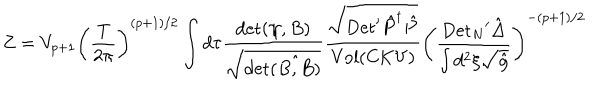
Z = { V _ { p + 1 } } { { \left( { \frac { \mathrm { T } } { 2 \pi } } \right) } ^ { ( p + 1 ) / 2 } } \int d \tau { \frac { \mathrm { d e t } ( \psi , B ) } { \sqrt { \mathrm { d e t } \hat { ( B , B ) } } } } { \frac { \sqrt { \mathrm { D e t } ^ { \prime } { \hat { P } ^ { \dagger } } \hat { P } } } { \mathrm { V o l } ( \mathrm { C K V } ) } } { { \left( { \frac { { \mathrm { D e t } _ { N } } ^ { \prime } \hat { \Delta } } { \int { d ^ { 2 } } \xi \sqrt { \hat { g } } } } \right) } ^ { - ( p + 1 ) / 2 } }